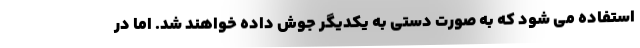
استفاده می شود که به صورت دستی به یکدیگر جوش داده خواهند شد. اما در